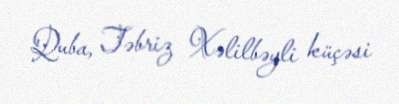
Quba, Təbriz Xəlilbəyli küçəsi